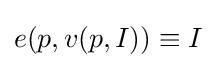
e(p,v(p,I))\equiv I